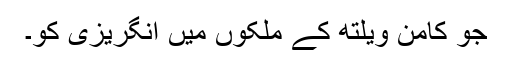
جو کامن ویلتھ کے ملکوں میں انگریزی کو۔